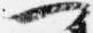
門